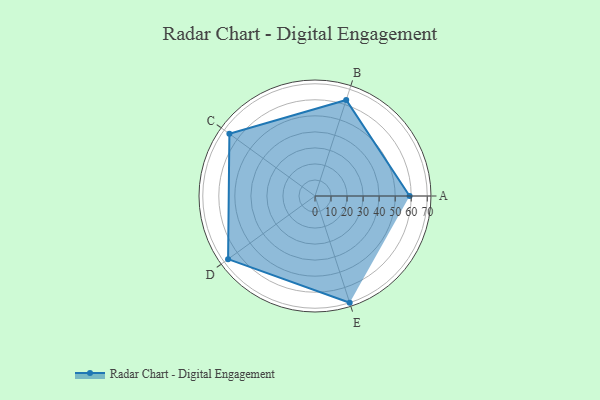
{"axis": {"x": "Skill", "y": "Score"}, "legend": ["Profile"], "data": [{"x": "A", "y": 59.0, "type": "Profile"}, {"x": "B", "y": 63.0, "type": "Profile"}, {"x": "C", "y": 66.0, "type": "Profile"}, {"x": "D", "y": 67.0, "type": "Profile"}, {"x": "E", "y": 70.0, "type": "Profile"}]}